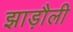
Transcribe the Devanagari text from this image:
झाड़ौली